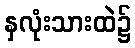
နှလုံးသားထဲ၌